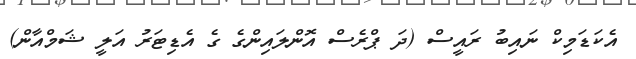
އެކަޑަމިކް ނައިބު ރައީސް (ދަ ޕްރެސް އޮންލައިންގެ ގެ އެޑިޓަރު އަލީ ޝަމްއާން)